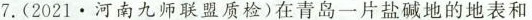
7. (2021 · 河南九师联盟质检) 在青岛一片盐碱地的地表和